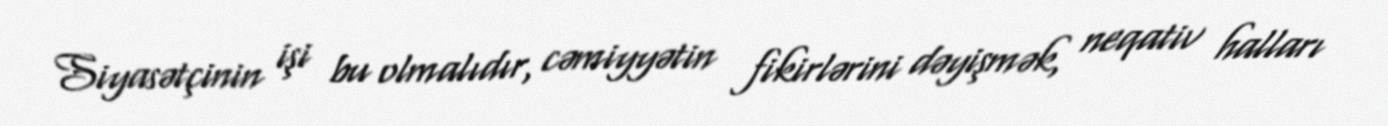
Siyasətçinin işi bu olmalıdır, cəmiyyətin fikirlərini dəyişmək, neqativ halları